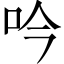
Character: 吟